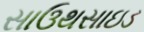
સાઉથસાઇડ